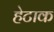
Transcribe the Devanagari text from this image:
हेटाक